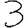
Digit: 3